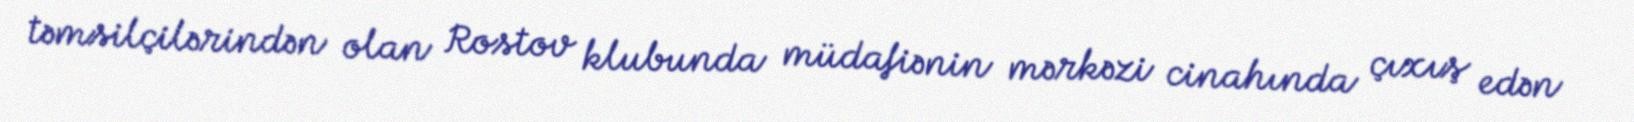
təmsilçilərindən olan Rostov klubunda müdafiənin mərkəzi cinahında çıxış edən